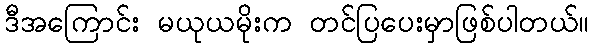
ဒီအကြောင်း မယုယမိုးက တင်ပြပေးမှာဖြစ်ပါတယ်။